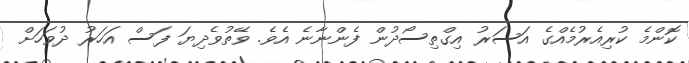
ކޮންމެ ކުރިއެރުމެއްގެ އަސަރު އިގްތިސޯދުން ފެންނާނެ އެވެ. ވޭތުވެދިޔަ ފަސް އަހަރު ދުވަހަށް